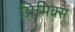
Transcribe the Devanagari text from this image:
प्रिमिक्स